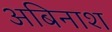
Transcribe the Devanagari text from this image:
अबिनाश